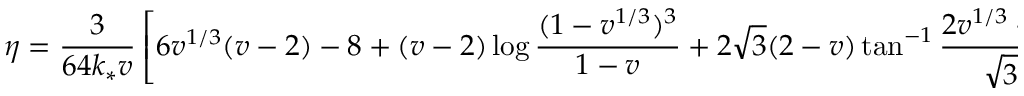
\eta = \frac { 3 } { 6 4 k _ { * } v } \left[ 6 v ^ { 1 / 3 } ( v - 2 ) - 8 + ( v - 2 ) \log \frac { ( 1 - v ^ { 1 / 3 } ) ^ { 3 } } { 1 - v } + 2 \sqrt { 3 } ( 2 - v ) \tan ^ { - 1 } \frac { 2 v ^ { 1 / 3 } + 1 } { \sqrt { 3 } } \right]